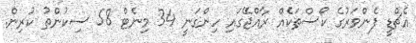
އެޗްޑީ ފެންވަރުގެ ކޯސްތަކެއް ރާއްޖޭގައި ހިންގަނީ 34 މިނެޓް 58 ސިކުންތު ކުރިން.